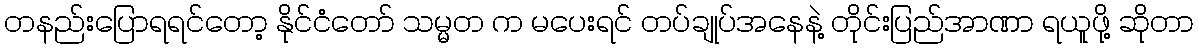
တနည်းပြောရရင်တော့ နိုင်ငံတော် သမ္မတ က မပေးရင် တပ်ချုပ်အနေနဲ့ တိုင်းပြည်အာဏာ ရယူဖို့ ဆိုတာ